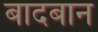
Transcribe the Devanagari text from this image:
बादबान